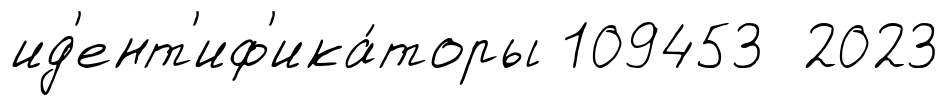
ид'ент'иф'ика́торы 109453 2023